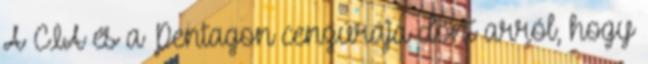
A CIA és a Pentagon cenzúrája dönt arról, hogy